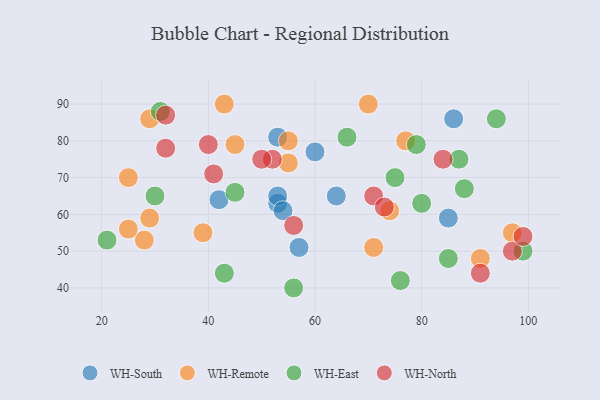
{"axis": {"x": "GDP", "y": "Life Expectancy"}, "legend": ["WH-East", "WH-North", "WH-Remote", "WH-South"], "data": [{"x": "53", "y": 63, "type": "WH-South"}, {"x": "53", "y": 65, "type": "WH-South"}, {"x": "57", "y": 51, "type": "WH-South"}, {"x": "86", "y": 86, "type": "WH-South"}, {"x": "42", "y": 64, "type": "WH-South"}, {"x": "54", "y": 61, "type": "WH-South"}, {"x": "64", "y": 65, "type": "WH-South"}, {"x": "53", "y": 81, "type": "WH-South"}, {"x": "85", "y": 59, "type": "WH-South"}, {"x": "60", "y": 77, "type": "WH-South"}, {"x": "29", "y": 59, "type": "WH-Remote"}, {"x": "71", "y": 51, "type": "WH-Remote"}, {"x": "45", "y": 79, "type": "WH-Remote"}, {"x": "55", "y": 74, "type": "WH-Remote"}, {"x": "55", "y": 80, "type": "WH-Remote"}, {"x": "91", "y": 48, "type": "WH-Remote"}, {"x": "29", "y": 86, "type": "WH-Remote"}, {"x": "74", "y": 61, "type": "WH-Remote"}, {"x": "77", "y": 80, "type": "WH-Remote"}, {"x": "39", "y": 55, "type": "WH-Remote"}, {"x": "70", "y": 90, "type": "WH-Remote"}, {"x": "97", "y": 55, "type": "WH-Remote"}, {"x": "25", "y": 70, "type": "WH-Remote"}, {"x": "43", "y": 90, "type": "WH-Remote"}, {"x": "28", "y": 53, "type": "WH-Remote"}, {"x": "25", "y": 56, "type": "WH-Remote"}, {"x": "94", "y": 86, "type": "WH-East"}, {"x": "30", "y": 65, "type": "WH-East"}, {"x": "21", "y": 53, "type": "WH-East"}, {"x": "75", "y": 70, "type": "WH-East"}, {"x": "31", "y": 88, "type": "WH-East"}, {"x": "80", "y": 63, "type": "WH-East"}, {"x": "76", "y": 42, "type": "WH-East"}, {"x": "43", "y": 44, "type": "WH-East"}, {"x": "66", "y": 81, "type": "WH-East"}, {"x": "88", "y": 67, "type": "WH-East"}, {"x": "99", "y": 50, "type": "WH-East"}, {"x": "79", "y": 79, "type": "WH-East"}, {"x": "85", "y": 48, "type": "WH-East"}, {"x": "87", "y": 75, "type": "WH-East"}, {"x": "56", "y": 40, "type": "WH-East"}, {"x": "45", "y": 66, "type": "WH-East"}, {"x": "40", "y": 79, "type": "WH-North"}, {"x": "41", "y": 71, "type": "WH-North"}, {"x": "32", "y": 87, "type": "WH-North"}, {"x": "84", "y": 75, "type": "WH-North"}, {"x": "32", "y": 78, "type": "WH-North"}, {"x": "97", "y": 50, "type": "WH-North"}, {"x": "91", "y": 44, "type": "WH-North"}, {"x": "71", "y": 65, "type": "WH-North"}, {"x": "52", "y": 75, "type": "WH-North"}, {"x": "73", "y": 62, "type": "WH-North"}, {"x": "56", "y": 57, "type": "WH-North"}, {"x": "99", "y": 54, "type": "WH-North"}, {"x": "50", "y": 75, "type": "WH-North"}]}